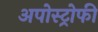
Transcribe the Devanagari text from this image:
अपोस्ट्रोफी